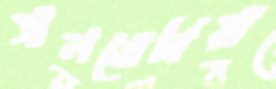
সালবোনিয়া